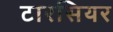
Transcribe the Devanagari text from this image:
टारसियर